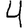
Digit: 4